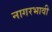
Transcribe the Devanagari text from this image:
नागरभावी